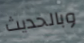
وبالحديث